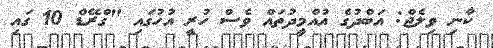
ކާނި ވިލެޖް: އަބްދުގެ އުއްމީދުތައް ވެސް ހުރީ އުހުގައި "ގްރޭޑް 10 ގައި